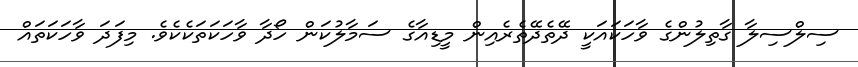
ސިލްސިލާ ގާތިލުންގެ ވާހަކައަކީ ދޭތެދޭތެރެއިން މީޑިއާގެ ސަމާލުކަން ހޯދާ ވާހަކަތަކެކެވެ. މިފަދަ ވާހަކަތައް